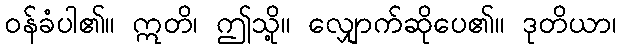
ဝန်ခံပါ၏။ ဣတိ၊ ဤသို့။ လျှောက်ဆိုပေ၏။ ဒုတိယာ၊